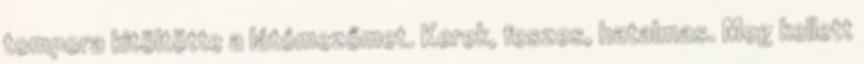
tompora kitöltötte a látómezőmet. Kerek, feszes, hatalmas. Meg kellett